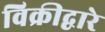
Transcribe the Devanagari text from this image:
विक्रीद्वारे